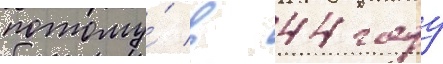
потому́ в 44 году